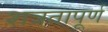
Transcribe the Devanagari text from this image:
शत्रतापूर्ण